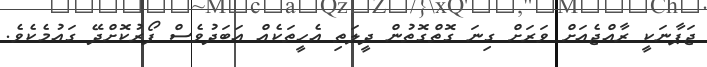
ޖަޕާނަކީ ރާއްޖެއަށް ވަރަށް ގިނަ ގޮތްގޮތުން ދީލަތި އެހީތަކެއް އަބަދުވެސް ފޯރުކޮށްދޭ ގައުމެކެވެ.